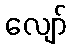
လျော်